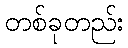
တစ်ခုတည်း